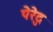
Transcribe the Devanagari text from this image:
पेरेदु